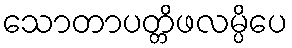
သောတာပတ္တိဖလမ္ပိပေ